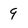
Character: 9